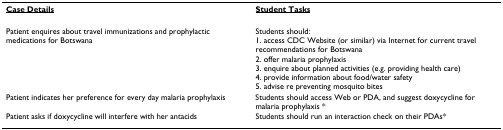
<table><thead><tr><td><b><underline>Case Details</underline></b></td><td><b><underline>Student Tasks</underline></b></td></tr></thead><tbody><tr><td>Patient enquires about travel immunizations and prophylactic medications for Botswana</td><td>Students should:1. access CDC Website (or similar) via Internet for current travel recommendations for Botswana2. offer malaria prophylaxis3. enquire about planned activities (e.g. providing health care)4. provide information about food/water safety5. advise re preventing mosquito bites</td></tr><tr><td>Patient indicates her preference for every day malaria prophylaxis</td><td>Students should access Web or PDA, and suggest doxycycline for malaria prophylaxis *</td></tr><tr><td>Patient asks if doxycycline will interfere with her antacids</td><td>Students should run an interaction check on their PDAs*</td></tr></tbody></table>